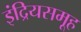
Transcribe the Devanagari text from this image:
इंद्रियसमूह